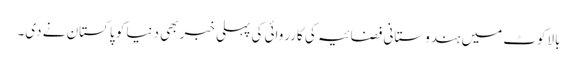
بالاکوٹ میں ہندوستانی فضائیہ کی کارروائی کی پہلی خبر بھی دنیا کو پاکستان نے دی۔